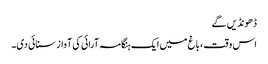
ڈھونڈیں گے
اس وقت ، باغ میں ایک ہنگامہ آرائی کی آواز سنائی دی۔